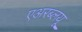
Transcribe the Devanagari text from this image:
एअरब्लयू